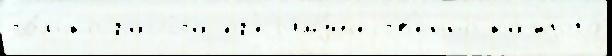
то́лько расч́та пр'еjиму́ществ'енно ка́ждого